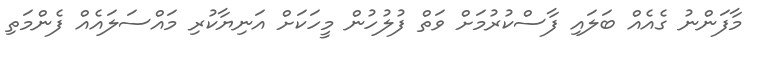
މާފަންނު ގެއެއް ބަލައި ފާސްކުރުމަށް ވަތް ފުލުހުން މީހަކަށް އަނިޔާކުރި މައްސަލައެއް ފެންމަތި